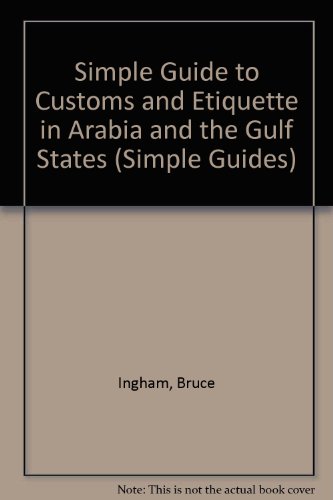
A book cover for Simple Guide to Customs and Etiquette in Saudi Arabia and the Gulf States (Simple Guides: Customs and Etiquette); Bruce Ingham; Travel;